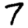
Digit: 7